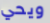
ويحي